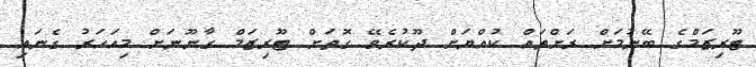
ޓޫރިޒަމްގެ ބޭނުމަށް ރަށްތައް ކުއްޔަށް ދޫކުރެވޭ ގޮތަށް ޓޫރިޒަމް ގާނޫނަށް މިއަހަރު ގެނައި